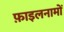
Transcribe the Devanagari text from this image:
फ़ाइलनामों